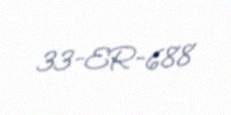
33-ER-688